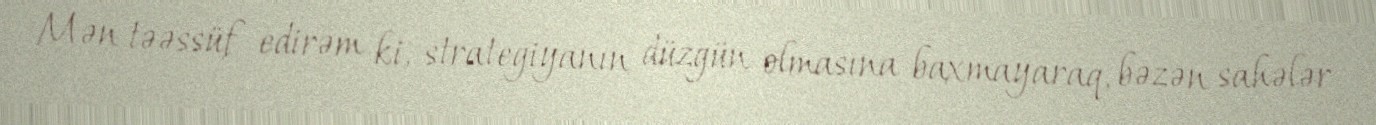
Mən təəssüf edirəm ki, strategiyanın düzgün olmasına baxmayaraq, bəzən sahələr